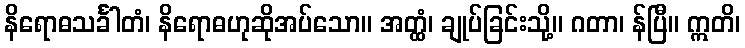
နိရောဓသင်္ခါတံ၊ နိရောဓဟုဆိုအပ်သော။ အတ္ထံ၊ ချုပ်ခြင်းသို့။ ဂတာ၊ န်ပြီ။ ဣတိ၊